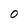
Character: 0